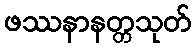
ဖဿနာနတ္တသုတ်